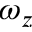
\omega _ { z }